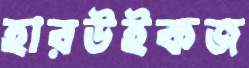
হারউইকজ